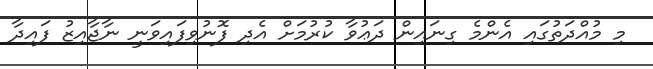
މި މުއްދަތުގައި އެންމެ ގިނައިން ދަޢުވާ ކުރުމަށް އެދި ފޮނުވިފައިވަނީ ނާޖާއިޒު ފައިދާ